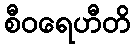
စီဝရေဟီတိ